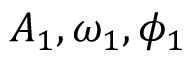
A _ { 1 } , \omega _ { 1 } , \phi _ { 1 }